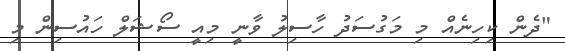
"ދެން ކިހިނެއް މި މަގުސަދު ހާސިލު ވާނީ މިއީ ސޯޝަލް ހައުސިން މި